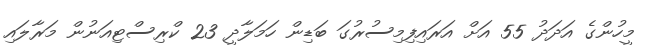
މީހުންގެ އަދަދު 55 އަށް އަރައިފިމިސުރުގަ ބަޑިން ހަމަލާދީ 23 ކްރިސްޓިއަނުން މަރާލައި